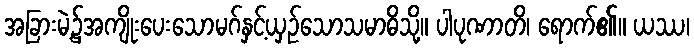
အခြားမဲ့၌အကျိုးပေးသောမဂ်နှင့်ယှဉ်သောသမာဓိသို့။ ပါပုဏာတိ၊ ရောက်၏။ ယဿ၊